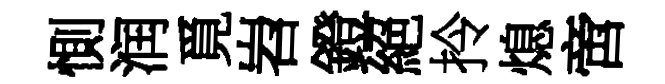
惻润覓岧鐙絕拎熄啻